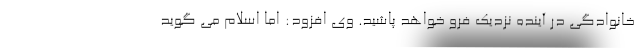
خانوادگی در آینده نزدیک فرو خواهد پاشید. وی افزود: اما اسلام می گوید